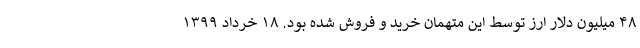
۴۸ میلیون دلار ارز توسط این متهمان خرید و فروش شده بود. ۱۸ خرداد ۱۳۹۹